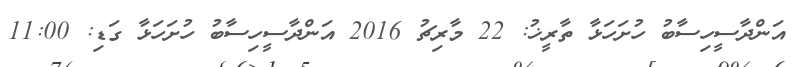
އަންދާސީހިސާބު ހުށަހަޅާ ތާރީޚު: 22 މާރިޗު 2016 އަންދާސީހިސާބު ހުށަހަޅާ ގަޑި: 11:00